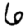
Digit: 6